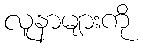
လူနာများကို